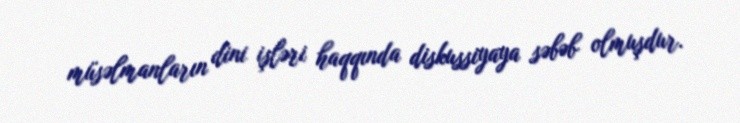
müsəlmanların dini işləri haqqında diskussiyaya səbəb olmuşdur.